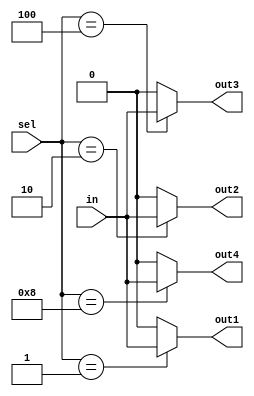
module demux_1to4 (
    input wire [3:0] sel,
    input wire in,
    output reg out1,
    output reg out2,
    output reg out3,
    output reg out4
);

always @(*) begin
    case(sel)
        4'b0001: begin
            out1 = in;
            out2 = 0;
            out3 = 0;
            out4 = 0;
        end
        4'b0010: begin
            out1 = 0;
            out2 = in;
            out3 = 0;
            out4 = 0;
        end
        4'b0100: begin
            out1 = 0;
            out2 = 0;
            out3 = in;
            out4 = 0;
        end
        4'b1000: begin
            out1 = 0;
            out2 = 0;
            out3 = 0;
            out4 = in;
        end
        default: begin
            out1 = 0;
            out2 = 0;
            out3 = 0;
            out4 = 0;
        end
    endcase
end

endmodule